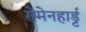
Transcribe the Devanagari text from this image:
गेमेनहार्ड्ट